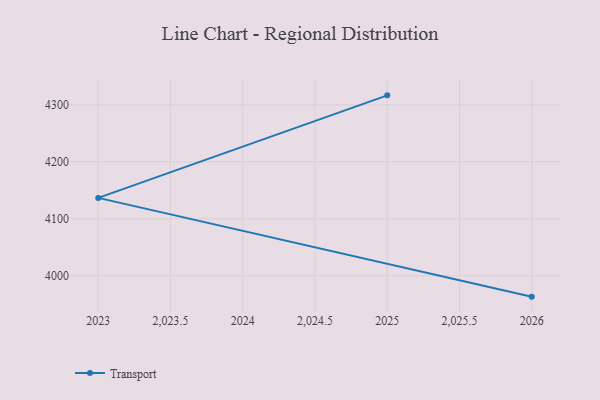
{"axis": {"x": "Year", "y": "Website Visitors"}, "legend": ["Transport"], "data": [{"x": "2025", "y": 4316.8, "type": "Transport"}, {"x": "2023", "y": 4136.7, "type": "Transport"}, {"x": "2026", "y": 3963.2, "type": "Transport"}]}